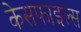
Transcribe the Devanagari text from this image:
केसफाइल्स